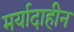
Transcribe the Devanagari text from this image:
मर्यादाहीन